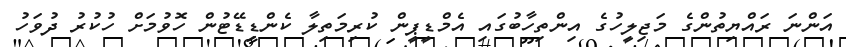
އަންނަ ރައްޔިތުންގެ މަޖިލީހުގެ އިންތިހާބުގައި އެމްޑީޕީން ކުރިމަތިލާ ކެންޑިޑޭޓުން ހޮވުމަށް ހުކުރު ދުވަހު